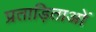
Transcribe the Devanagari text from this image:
प्रताड़िताओं